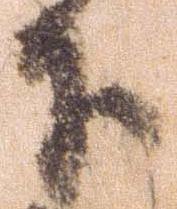
下